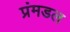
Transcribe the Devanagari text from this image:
प्रंमडल